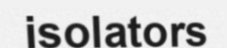
isolators